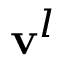
{ \bf v } ^ { l }